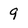
Character: 9